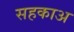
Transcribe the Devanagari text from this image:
सहकाअ